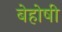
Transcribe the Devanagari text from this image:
बेहोषी